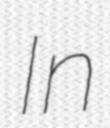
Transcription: In